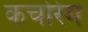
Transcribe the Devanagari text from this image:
कर्चोरेम